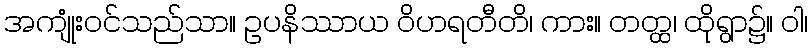
အကျုံးဝင်သည်သာ။ ဥပနိဿာယ ဝိဟရတီတိ၊ ကား။ တတ္ထ၊ ထိုရွာ၌။ ဝါ၊